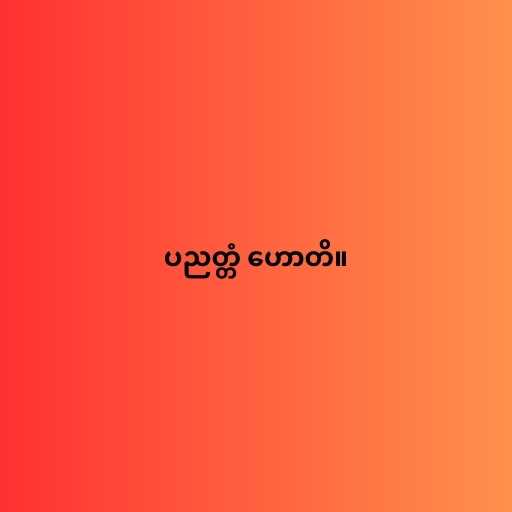
ပညတ္တံ ဟောတိ။